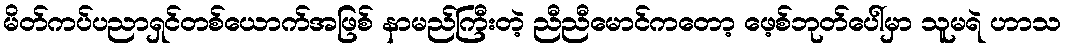
မိတ်ကပ်ပညာရှင်တစ်ယောက်အဖြစ် နာမည်ကြီးတဲ့ ညီညီမောင်ကတော့ ဖေ့စ်ဘုတ်ပေါ်မှာ သူမရဲ ဟာသ